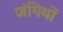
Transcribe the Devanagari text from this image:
जंगियों